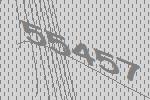
55457